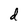
Character: d